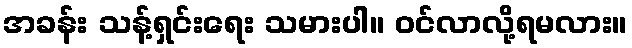
အခန်း သန့်ရှင်းရေး သမားပါ။ ဝင်လာလို့ရမလား။